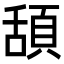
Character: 頢